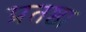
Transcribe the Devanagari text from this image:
प्रतष्ठा